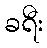
ခရီး